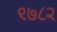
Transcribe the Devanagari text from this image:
९७८२